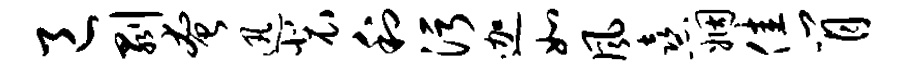
邑剥奄迅裴利污迦如风熹姻佳肖